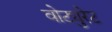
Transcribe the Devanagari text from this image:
वोट्युरेट